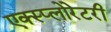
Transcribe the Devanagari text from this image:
एक्स्प्लोरेटरी